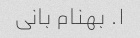
۱. بهنام بانی